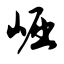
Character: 崛